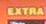
extra